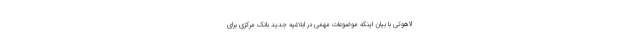
لاهوتی با بیان اینکه موضوعات مهمی در ابلاغیه جدید بانک مرکزی برای